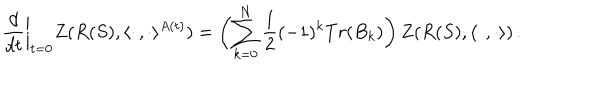
\frac { d } { d t } \biggl | _ { t = 0 } Z ( R ( S ) , \langle \cdot \, , \cdot \rangle ^ { A ( t ) } ) = \biggl ( \sum _ { k = 0 } ^ { N } \frac { 1 } { 2 } ( - 1 ) ^ { k } T r ( B _ { k } ) \biggr ) \, Z ( R ( S ) , \langle \cdot \, , \cdot \rangle ) \, .